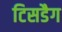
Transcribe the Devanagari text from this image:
टिसडैग